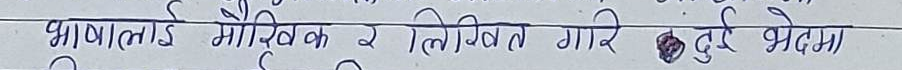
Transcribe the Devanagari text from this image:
भाषालाई मौखिक र लिखित गरि दुई भेदमा